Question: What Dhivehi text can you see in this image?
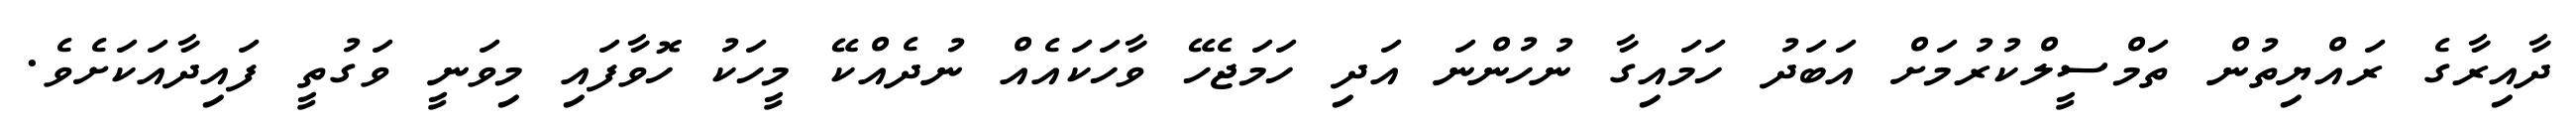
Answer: ދާއިރާގެ ރައްޔިތުން ތަމްސީލްކުރުމަށް އަބަދު ހަމައިގާ ނުހުންނަ އަދި ހަމަޖެހޭ ވާހަކައެއް ނުދެއްކޭ މީހަކު ހޮވާފައި މިވަނީ ވަގުތީ ފައިދާއަކަށެވެ.